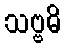
သဗ္ဗဓိ